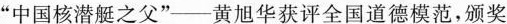
”中国核潜艇之父”-黄旭华获评全国道德模范，颁奖